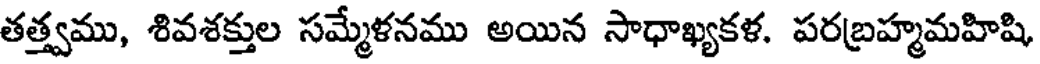
తత్త్వము, శివశక్తుల సమ్మేళనము అయిన సాధాఖ్యకళ. పరబ్రహ్మమహిషి,